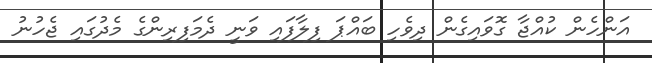
އަންހެން ކުއްޖާ ގޮވައިގެން ދިވެހި ބައްޕަ ފިލާފައި ވަނީ ދެމަފިރިންގެ މެދުގައި ޖެހުނު